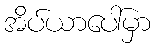
အိပ်ယာပေါ်မှာ